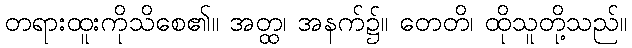
တရားထူးကိုသိစေ၏။ အတ္ထ၊ အနက်၌။ တေတိ၊ ထိုသူတို့သည်။